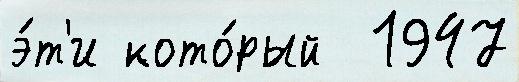
э́т'и кото́рый  1947